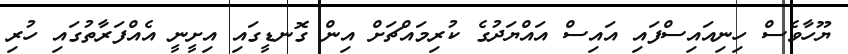
ޔޫހާވެސް ހިނިއައިސްފައި އައިސް އައްޔަދުގެ ކުރިމައްޗަށް އިން ގޮނޑީގައި އިށީނީ އެއްފަރާތުގައި ހުރި